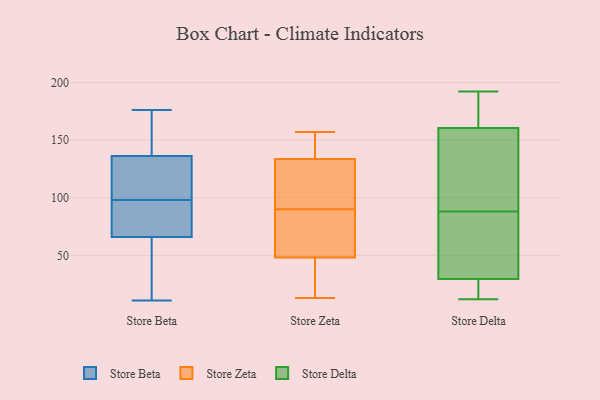
{"axis": {"x": "Tickets Resolved", "y": "Value"}, "legend": ["Store Beta", "Store Delta", "Store Zeta"], "data": [{"x": "", "y": 176, "type": "Store Beta"}, {"x": "", "y": 159, "type": "Store Beta"}, {"x": "", "y": 84, "type": "Store Beta"}, {"x": "", "y": 109, "type": "Store Beta"}, {"x": "", "y": 139, "type": "Store Beta"}, {"x": "", "y": 22, "type": "Store Beta"}, {"x": "", "y": 98, "type": "Store Beta"}, {"x": "", "y": 119, "type": "Store Beta"}, {"x": "", "y": 89, "type": "Store Beta"}, {"x": "", "y": 28, "type": "Store Beta"}, {"x": "", "y": 116, "type": "Store Beta"}, {"x": "", "y": 81, "type": "Store Beta"}, {"x": "", "y": 169, "type": "Store Beta"}, {"x": "", "y": 11, "type": "Store Beta"}, {"x": "", "y": 61, "type": "Store Beta"}, {"x": "", "y": 51, "type": "Store Beta"}, {"x": "", "y": 166, "type": "Store Beta"}, {"x": "", "y": 128, "type": "Store Beta"}, {"x": "", "y": 95, "type": "Store Beta"}, {"x": "", "y": 90, "type": "Store Zeta"}, {"x": "", "y": 157, "type": "Store Zeta"}, {"x": "", "y": 138, "type": "Store Zeta"}, {"x": "", "y": 88, "type": "Store Zeta"}, {"x": "", "y": 157, "type": "Store Zeta"}, {"x": "", "y": 32, "type": "Store Zeta"}, {"x": "", "y": 82, "type": "Store Zeta"}, {"x": "", "y": 13, "type": "Store Zeta"}, {"x": "", "y": 99, "type": "Store Zeta"}, {"x": "", "y": 37, "type": "Store Zeta"}, {"x": "", "y": 120, "type": "Store Zeta"}, {"x": "", "y": 33, "type": "Store Delta"}, {"x": "", "y": 111, "type": "Store Delta"}, {"x": "", "y": 19, "type": "Store Delta"}, {"x": "", "y": 148, "type": "Store Delta"}, {"x": "", "y": 171, "type": "Store Delta"}, {"x": "", "y": 40, "type": "Store Delta"}, {"x": "", "y": 191, "type": "Store Delta"}, {"x": "", "y": 88, "type": "Store Delta"}, {"x": "", "y": 38, "type": "Store Delta"}, {"x": "", "y": 67, "type": "Store Delta"}, {"x": "", "y": 12, "type": "Store Delta"}, {"x": "", "y": 14, "type": "Store Delta"}, {"x": "", "y": 157, "type": "Store Delta"}, {"x": "", "y": 182, "type": "Store Delta"}, {"x": "", "y": 13, "type": "Store Delta"}, {"x": "", "y": 88, "type": "Store Delta"}, {"x": "", "y": 192, "type": "Store Delta"}]}